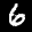
Label: 6